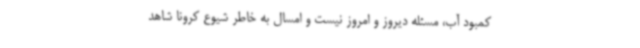
کمبود آب، مسئله دیروز و امروز نیست و امسال به خاطر شیوع کرونا شاهد